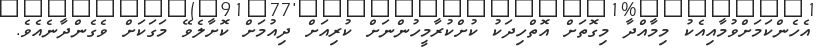
އެހެންކަމަށްވުމާއިއެކު މިމާއްދާ މިގޮތަށް އޮތްހިދަކު ކުށްކުރާމީހުންނަށް ކުރިއަށް ދިއުމަށް ކޮށާލެވޭ މަގަކަށް ވެގެންދާނެއެވެ.